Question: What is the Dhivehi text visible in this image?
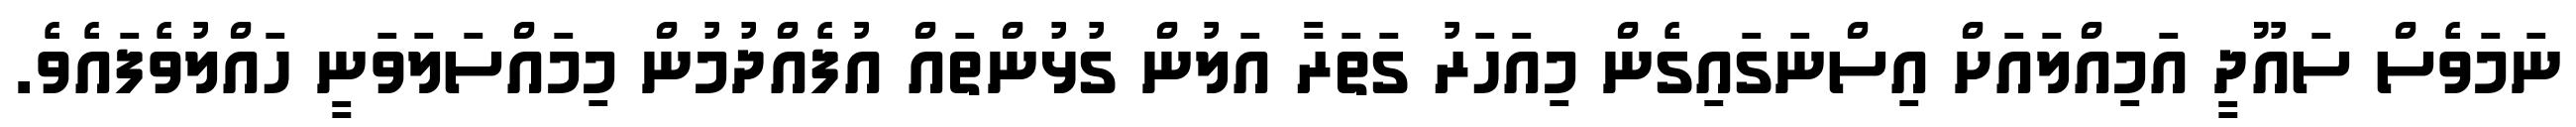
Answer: ނަމަވެސް ސައޫދީ އަމިއްލައަށް އިސްނަގައިގެން މިއަހަރު ގަތަރާ އަލުން ގުޅުންތައް އުފެއްދުމުން މިމައްސަލަވަނީ ހައްލުވެފައެވެ.